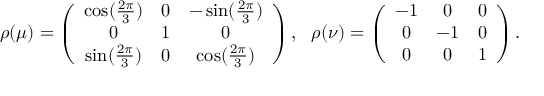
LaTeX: \rho ( \mu ) = \left( { \begin{array} { c c c } { \cos ( { \frac { 2 \pi } { 3 } } ) } & { 0 } & { - \sin ( { \frac { 2 \pi } { 3 } } ) } \\ { 0 } & { 1 } & { 0 } \\ { \sin ( { \frac { 2 \pi } { 3 } } ) } & { 0 } & { \cos ( { \frac { 2 \pi } { 3 } } ) } \end{array} } \right) , \, \, \, \, \rho ( \nu ) = \left( { \begin{array} { c c c } { - 1 } & { 0 } & { 0 } \\ { 0 } & { - 1 } & { 0 } \\ { 0 } & { 0 } & { 1 } \end{array} } \right) .